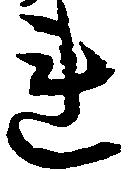
連